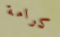
كرامة